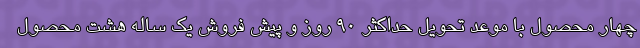
چهار محصول با موعد تحویل حداکثر ۹۰ روز و پیش فروش یک ساله هشت محصول